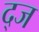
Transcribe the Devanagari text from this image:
द्ज